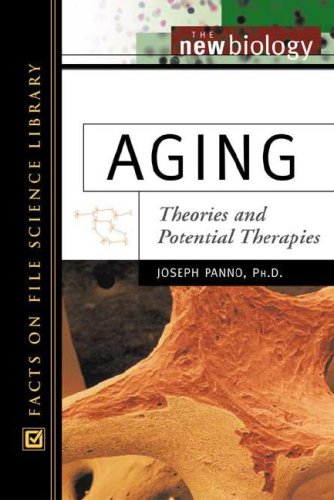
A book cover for Aging: Theories and Potential Therapies (New Biology); Joseph Panno; Teen & Young Adult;